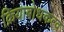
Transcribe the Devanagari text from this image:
क्रियाबोधकत्व